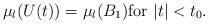
LaTeX: \begin{align*}\mu _l (U(t)) =\mu_l (B_1 ) \mbox{for $|t|< t_0 $}.\end{align*}